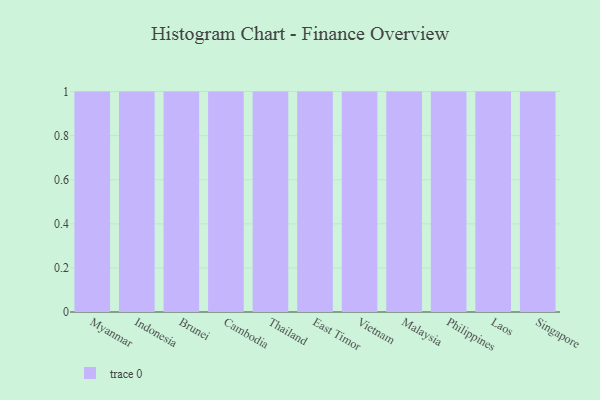
{"axis": {"x": "Country", "y": "Shipments"}, "legend": [""], "data": [{"x": "Myanmar", "y": 29, "type": ""}, {"x": "Indonesia", "y": 34, "type": ""}, {"x": "Brunei", "y": 66, "type": ""}, {"x": "Cambodia", "y": 18, "type": ""}, {"x": "Thailand", "y": 67, "type": ""}, {"x": "East Timor", "y": 79, "type": ""}, {"x": "Vietnam", "y": 65, "type": ""}, {"x": "Malaysia", "y": 50, "type": ""}, {"x": "Philippines", "y": 11, "type": ""}, {"x": "Laos", "y": 59, "type": ""}, {"x": "Singapore", "y": 26, "type": ""}]}